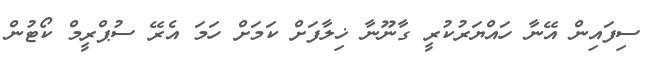
ސިފައިން އޭނާ ހައްޔަރުކުރީ ގާނޫނާ ޚިލާފަށް ކަމަށް ހަމަ އެރޭ ސުޕްރީމް ކޯޓުން